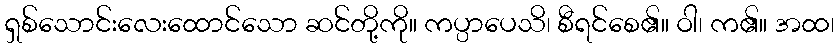
ရှစ်သောင်းလေးထောင်သော ဆင်တို့ကို။ ကပ္ပာပေသိ၊ စီရင်စေ၏။ ဝါ၊ က၏။ အထ၊